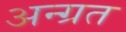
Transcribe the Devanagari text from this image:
अन्ग्रत